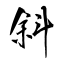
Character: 斜